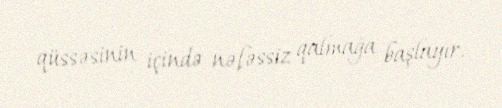
qüssəsinin içində nəfəssiz qalmağa başlayır.